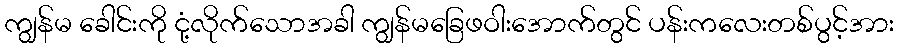
ကျွန်မ ခေါင်းကို ငုံ့လိုက်သောအခါ ကျွန်မခြေဖဝါးအောက်တွင် ပန်းကလေးတစ်ပွင့်အား